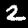
Digit: 2